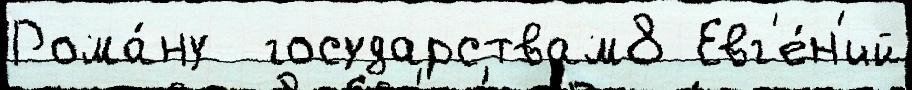
Рома́ну  государствам8 Евг'е́н'ий